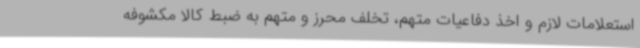
استعلامات لازم و اخذ دفاعیات متهم، تخلف محرز و متهم به ضبط کالا مکشوفه